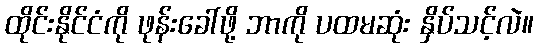
ထိုင်းနိုင်ငံကို ဖုန်းခေါ်ဖို့ ဘာကို ပထမဆုံး နှိပ်သင့်လဲ။